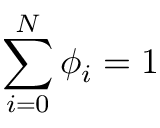
\sum _ { i = 0 } ^ { N } \phi _ { i } = 1